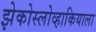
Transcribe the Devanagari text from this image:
झेकोस्लोव्हाकियाला